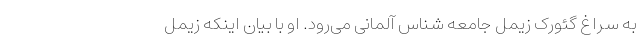
به سراغ گئورک زیمل جامعه شناس آلمانی می‌رود. او با بیان اینکه زیمل